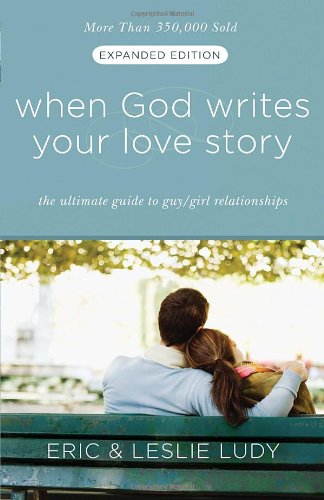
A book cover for When God Writes Your Love Story (Expanded Edition): The Ultimate Guide to Guy/Girl Relationships; Eric Ludy; Christian Books & Bibles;